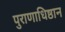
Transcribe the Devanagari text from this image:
पुराणाधिष्ठान